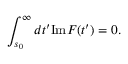
\int _ { s _ { 0 } } ^ { \infty } d t ^ { \prime } \mathrm { I m } F ( t ^ { \prime } ) = 0 .